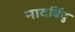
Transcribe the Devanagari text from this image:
नादबिंदु